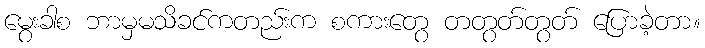
မွေးခါစ ဘာမှမသိခင်ကတည်းက စကားတွေ တတွတ်တွတ် ပြောခဲ့တာ။